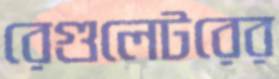
রেগুলেটরের